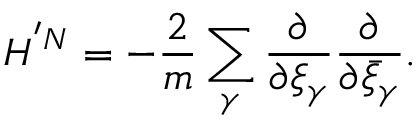
H ^ { ' N } = - \frac { 2 } { m } \sum _ { \gamma } \frac { \partial } { \partial \xi _ { \gamma } } \frac { \partial } { \partial \bar { \xi } _ { \gamma } } .